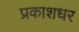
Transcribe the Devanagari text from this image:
प्रकाशधर